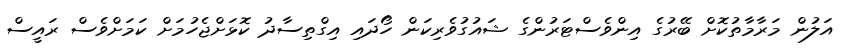
އަލުން މަރާމާތުކޮށް ބޭރުގެ އިންވެސްޓަރުންގެ ޝައުގުވެރިކަން ހޯދައި އިގްތިސާދު ކޮޅަށްޖެހުމަށް ކަމަށްވެސް ރައީސް